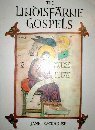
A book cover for The Lindisfarne Gospels: A Masterpiece of Book Painting; Janet Backhouse; Crafts, Hobbies & Home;